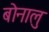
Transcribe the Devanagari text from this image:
बोनालु